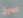
اصرخ